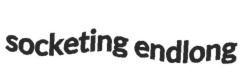
socketing endlong